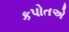
કપોતએ